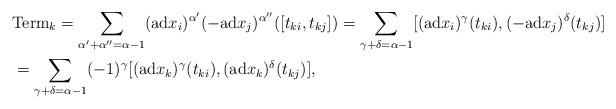
LaTeX: \begin{align*}& \mathrm{Term}_k=\sum_{\alpha'+\alpha''=\alpha-1}(\mathrm{ad}x_i)^{\alpha'}(-\mathrm{ad}x_j)^{\alpha''}([t_{ki},t_{kj}])=\sum_{\gamma+\delta=\alpha-1}[(\mathrm{ad}x_i)^\gamma(t_{ki}),(-\mathrm{ad}x_j)^\delta(t_{kj})]\\&=\sum_{\gamma+\delta=\alpha-1}(-1)^\gamma[(\mathrm{ad}x_k)^\gamma(t_{ki}),(\mathrm{ad}x_k)^\delta(t_{kj})], \end{align*}